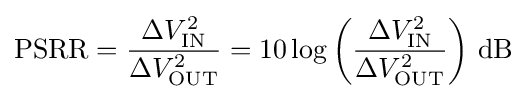
{\text{PSRR}}={\frac {\Delta V_{\text{IN}}^{2}}{\Delta V_{\text{OUT}}^{2}}}=10\log \left({\frac {\Delta V_{\text{IN}}^{2}}{\Delta V_{\text{OUT}}^{2}}}\right)\,{\text{dB}}